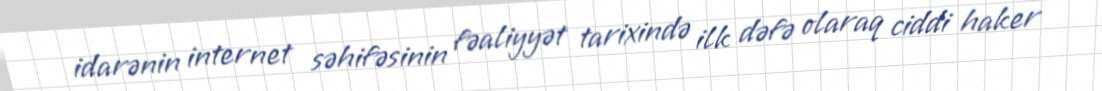
idarənin internet səhifəsinin fəaliyyət tarixində ilk dəfə olaraq ciddi haker